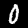
Label: 0